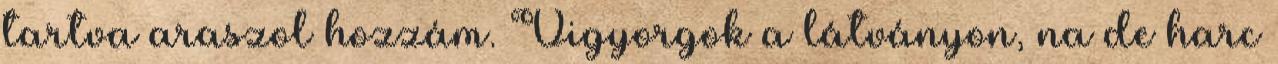
tartva araszol hozzám. Vigyorgok a látványon, na de harc